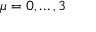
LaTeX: \mu = 0 , \dots , 3